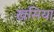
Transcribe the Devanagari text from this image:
खसिया